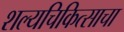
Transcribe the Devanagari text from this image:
शल्यचिकित्साचा